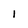
Character: l